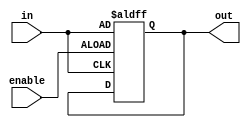
module transparent_latch(
    input wire enable,
    input wire in,
    output reg out
);

always @ (posedge enable or posedge in)
begin
    if(enable)
        out <= in;
end

endmodule